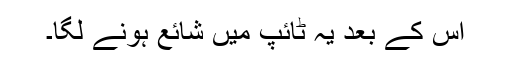
اس کے بعد یہ ٹائپ میں شائع ہونے لگا۔